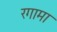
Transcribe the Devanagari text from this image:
रगामा